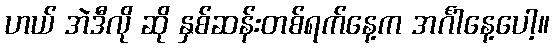
ဟယ် အဲဒီလို ဆို နှစ်ဆန်းတစ်ရက်နေ့က အင်္ဂါနေ့ပေါ့။